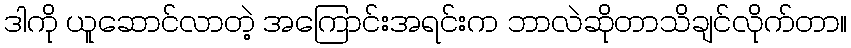
ဒါကို ယူဆောင်လာတဲ့ အကြောင်းအရင်းက ဘာလဲဆိုတာသိချင်လိုက်တာ။